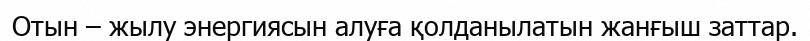
Отын – жылу энергиясын алуға қолданылатын жанғыш заттар.